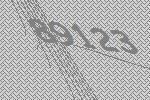
89123